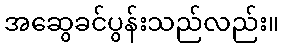
အဆွေခင်ပွန်းသည်လည်း။